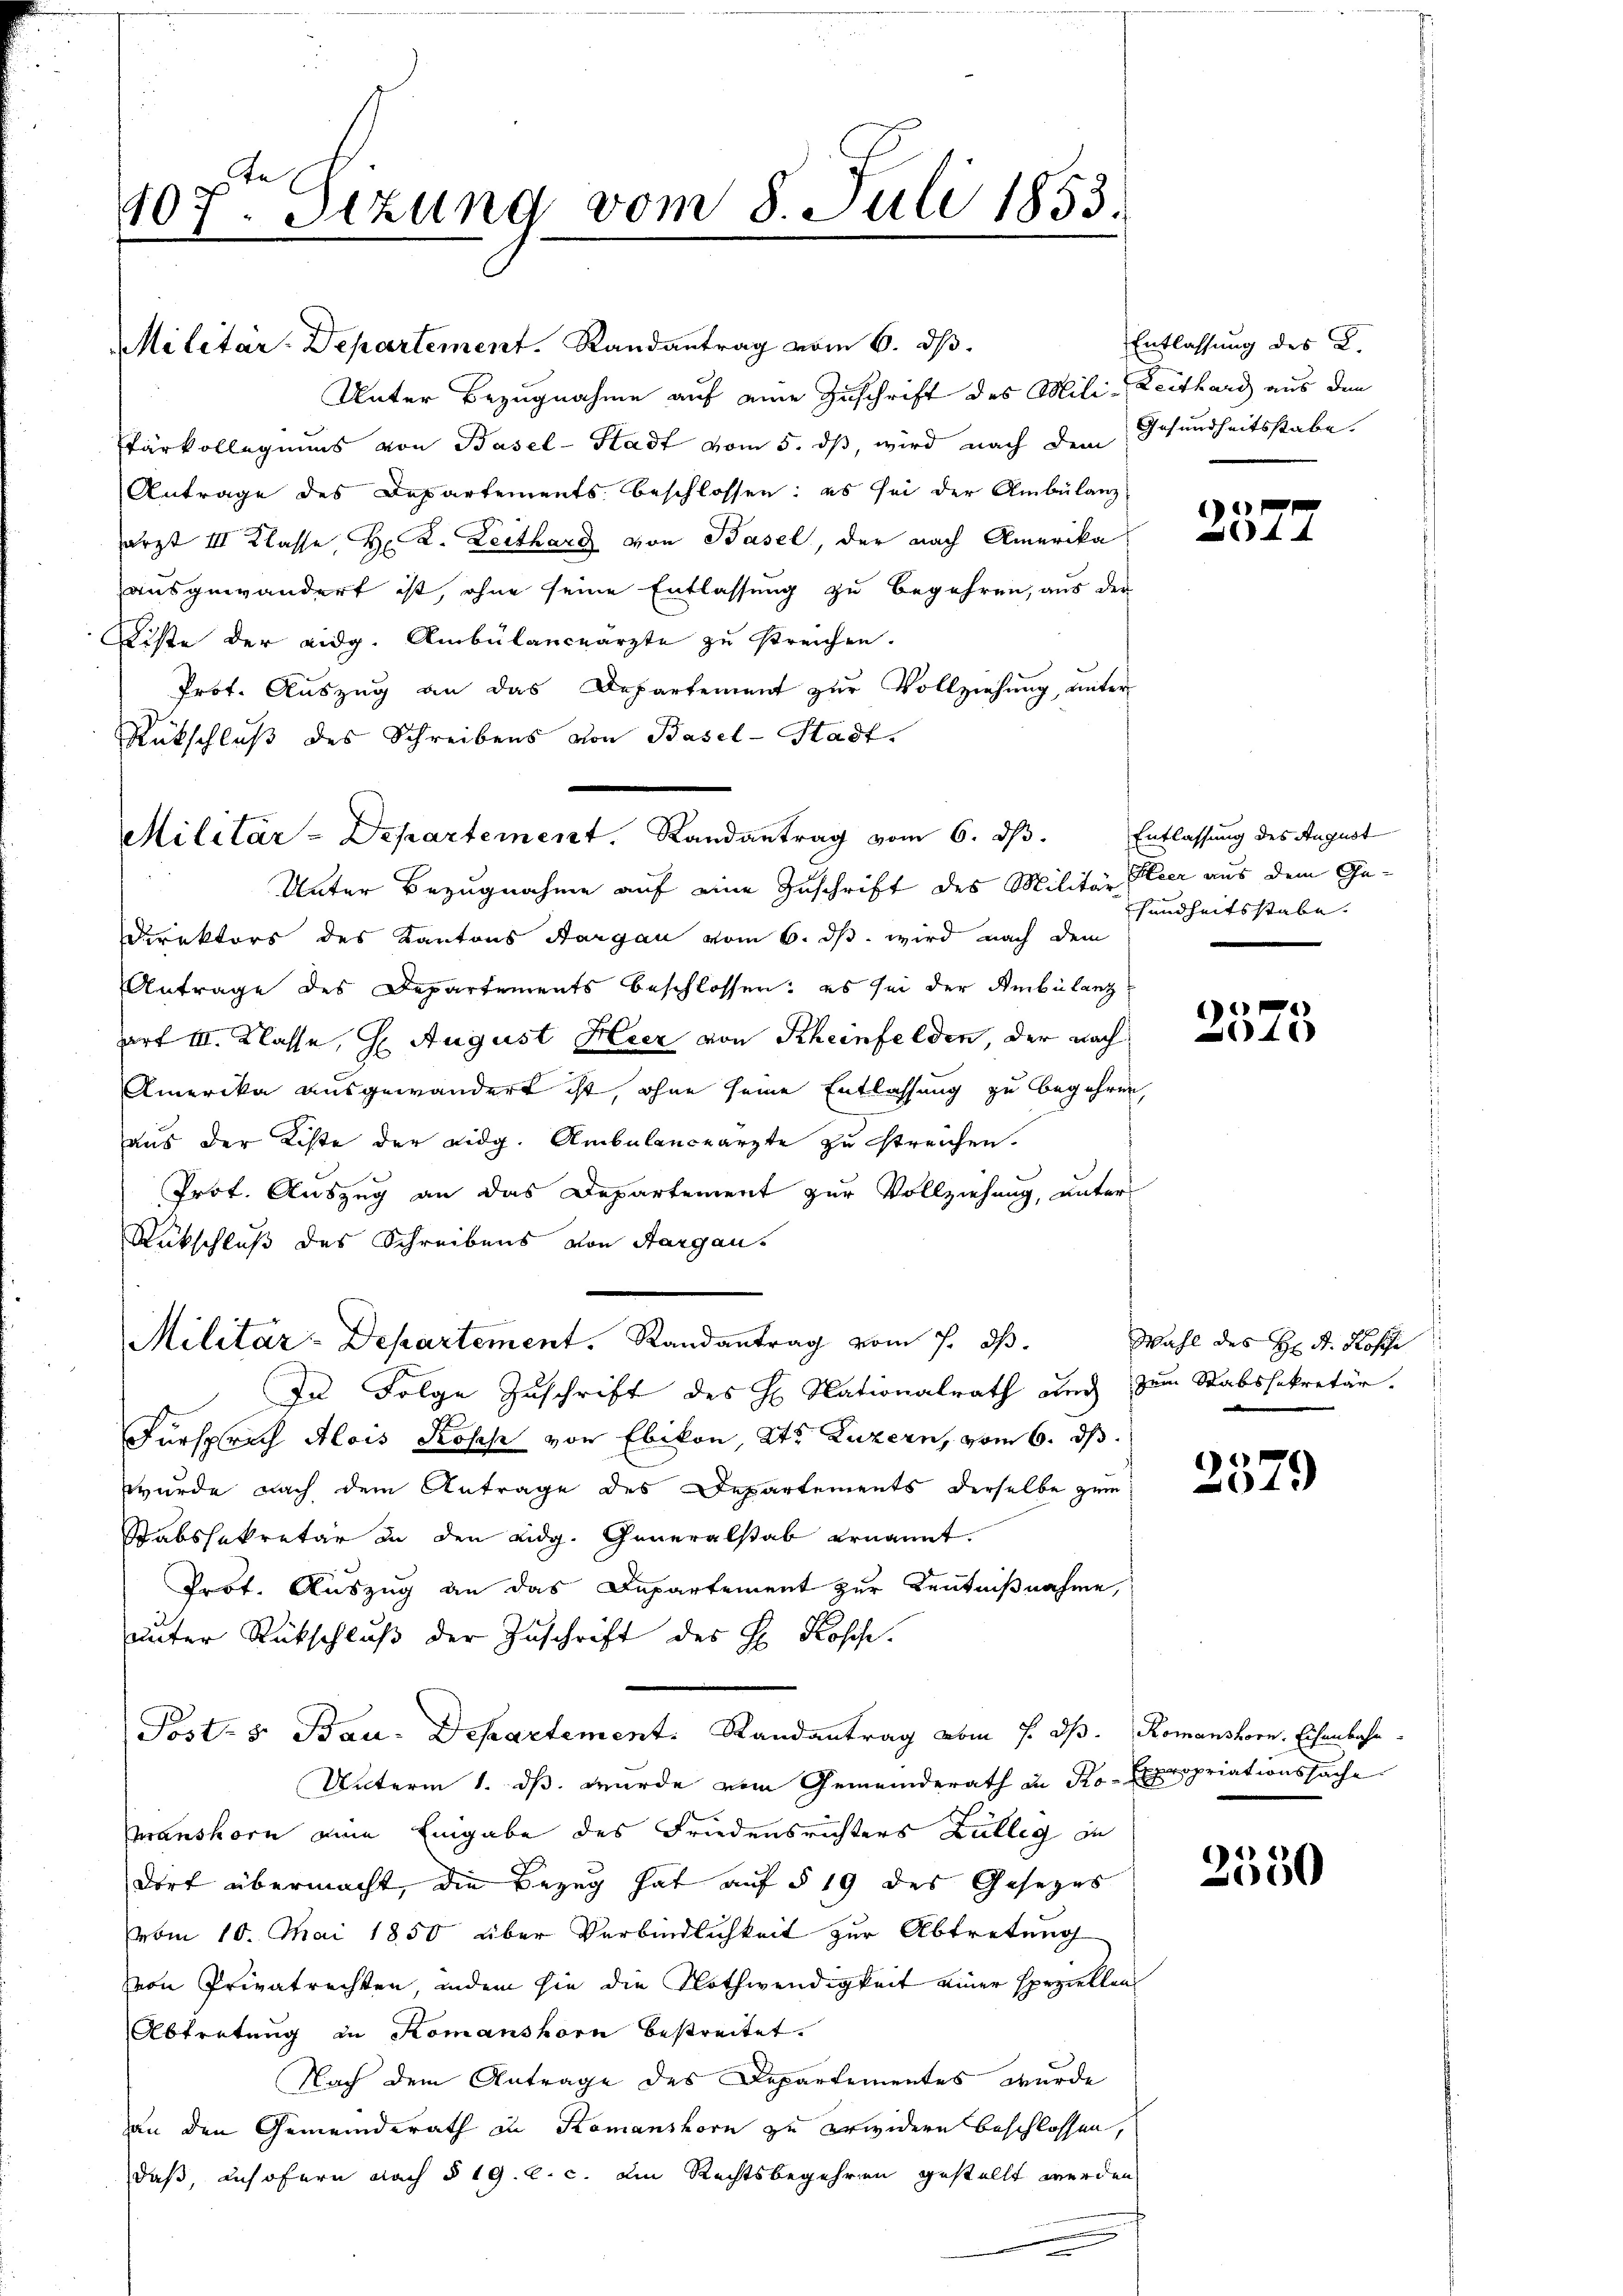
107. Sezung vom 8. Juli 1853.

Militar-Departement. Randantrag vom 6. dβ.
Unter Bezugnahme auf eine Zuschrift des Mili-Zeithard aus den
stärkollegiums von Basel-Stadt vom 5. dß, wird nach dem Gesundheitsstabe
Antrage des Departements beschlossen: es sei der Ambülanz
arzt III Klasse, Hr. K. Leithard von Basel, der nach Amerika
ausgewandert ist, ohne seine Entlassung zu begehren, aus der
Liste der eidg. Ambülanceärzte zu streichen.
Prot. Auszug an das Departement zur Vollziehung, unter
Rütschluß des Schreibens von Basel-Stadt.
Unter Bezugnahme auf eine Zuschrift des Militär leer aus dem Ge¬
Direktors des Kantons Aargau vom 6. ds. wird nach dem
Antrage des Departements beschlossen; es sei der Ambulanz
art III. Klasse, H. August Heer von Rheinfelden, der nach
Amerika ausgewandert ist, ohne seine Entlassung zu begehren,
aus der Kiste der Redg. Ambülanceärzte zu streichen.
Prof. Auszug an das Departement zur Vollziehung, unter
Rückschluß des Schreibens von Aargaus
Militär-Departement. Randantrag vom 7. ds.
In Folge Zuschrift des H. Nationalrath auch zum Stabssekretär.
Fürsprach Alois Rosche von Ebikon, Kts. Luzern, vom 6. ds.
wurde nach dem Antrage des Departements derselbe zum
Stabshekretär an den Eidg. Generalstab ernannt.
Prof. Auszug an das Departement zur Kenntnißnahme,
unter Rückschluß der Zuschrift des H. Kosche.
Posts Bau-Departement. Randantrag vom 7. ds. Romanshorn. Eisenbahn.
Unterm 1. ds. wurde vom Gemeinderath in Ko- Expropriationssache
manshorn eine Eingabe des Friedensrichters Kolleg in
dort übermacht, die Bezug hat auf § 19 des Gesetzes
vom 10. Mai 1850 über Verbindlichkeit zur Abtretung
von Privatrechten, indem sie die Nothwendigkeit einer speziellen
Abtretung in Komanshorn bestreitet.
Nach dem Antrage des Departementes wurde
an den Gemeinderath in Komanshorn zu erwidern beschlossen,
daß, insofern nach § 19. C. c. ein Rechtsbegehren gestellt werden

Militär-Departement. Randantrag vom 6. dβ. Entlassung des August

Entlassung des L.

1)
4 x

sundheitsstabe. |

1
4

Wahl des H: Dr. Possi

n
04.

2550